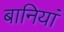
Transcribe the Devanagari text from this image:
बानियां